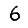
Digit: 6